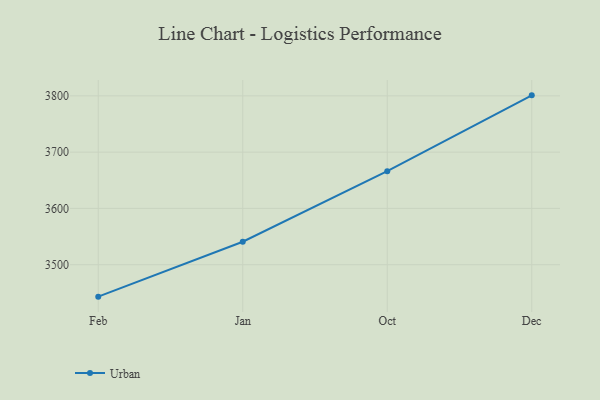
{"axis": {"x": "Month", "y": "LTV (USD)"}, "legend": ["Urban"], "data": [{"x": "Feb", "y": 3443.2, "type": "Urban"}, {"x": "Jan", "y": 3540.8, "type": "Urban"}, {"x": "Oct", "y": 3666.2, "type": "Urban"}, {"x": "Dec", "y": 3800.9, "type": "Urban"}]}